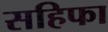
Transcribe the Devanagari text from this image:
सहिफा